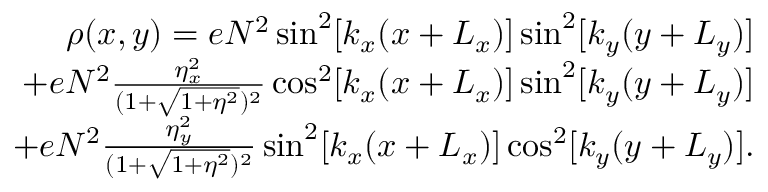
\begin{array} { r l r } & { } & { \rho ( x , y ) = e N ^ { 2 } \sin ^ { 2 } [ k _ { x } ( x + L _ { x } ) ] \sin ^ { 2 } [ k _ { y } ( y + L _ { y } ) ] } \\ & { } & { + e N ^ { 2 } \frac { \eta _ { x } ^ { 2 } } { ( 1 + \sqrt { 1 + \eta ^ { 2 } } ) ^ { 2 } } \cos ^ { 2 } [ k _ { x } ( x + L _ { x } ) ] \sin ^ { 2 } [ k _ { y } ( y + L _ { y } ) ] } \\ & { } & { + e N ^ { 2 } \frac { \eta _ { y } ^ { 2 } } { ( 1 + \sqrt { 1 + \eta ^ { 2 } } ) ^ { 2 } } \sin ^ { 2 } [ k _ { x } ( x + L _ { x } ) ] \cos ^ { 2 } [ k _ { y } ( y + L _ { y } ) ] . } \end{array}